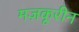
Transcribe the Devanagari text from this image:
मज़कूरीन